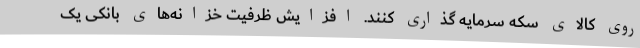
روی کالای سکه سرمایه گذاری کنند. افزایش ظرفیت خزانه‌های بانکی یک